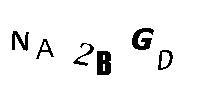
NA2BGD